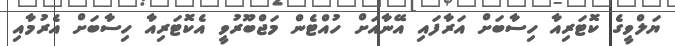
ޔަލްވީގެ ކޮޓަރިއާ ހިސާބަށް އަރާފައި އޭނާއަށް ހުއްޓެން މަޖްބޫރުވީ އެކޮޓަރިއާ ހިސާބަށް އެރުމާއި